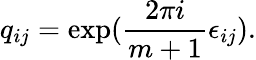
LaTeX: q_{ij}=\exp({\frac{2\pi i}{m+1}}\epsilon_{ij}).